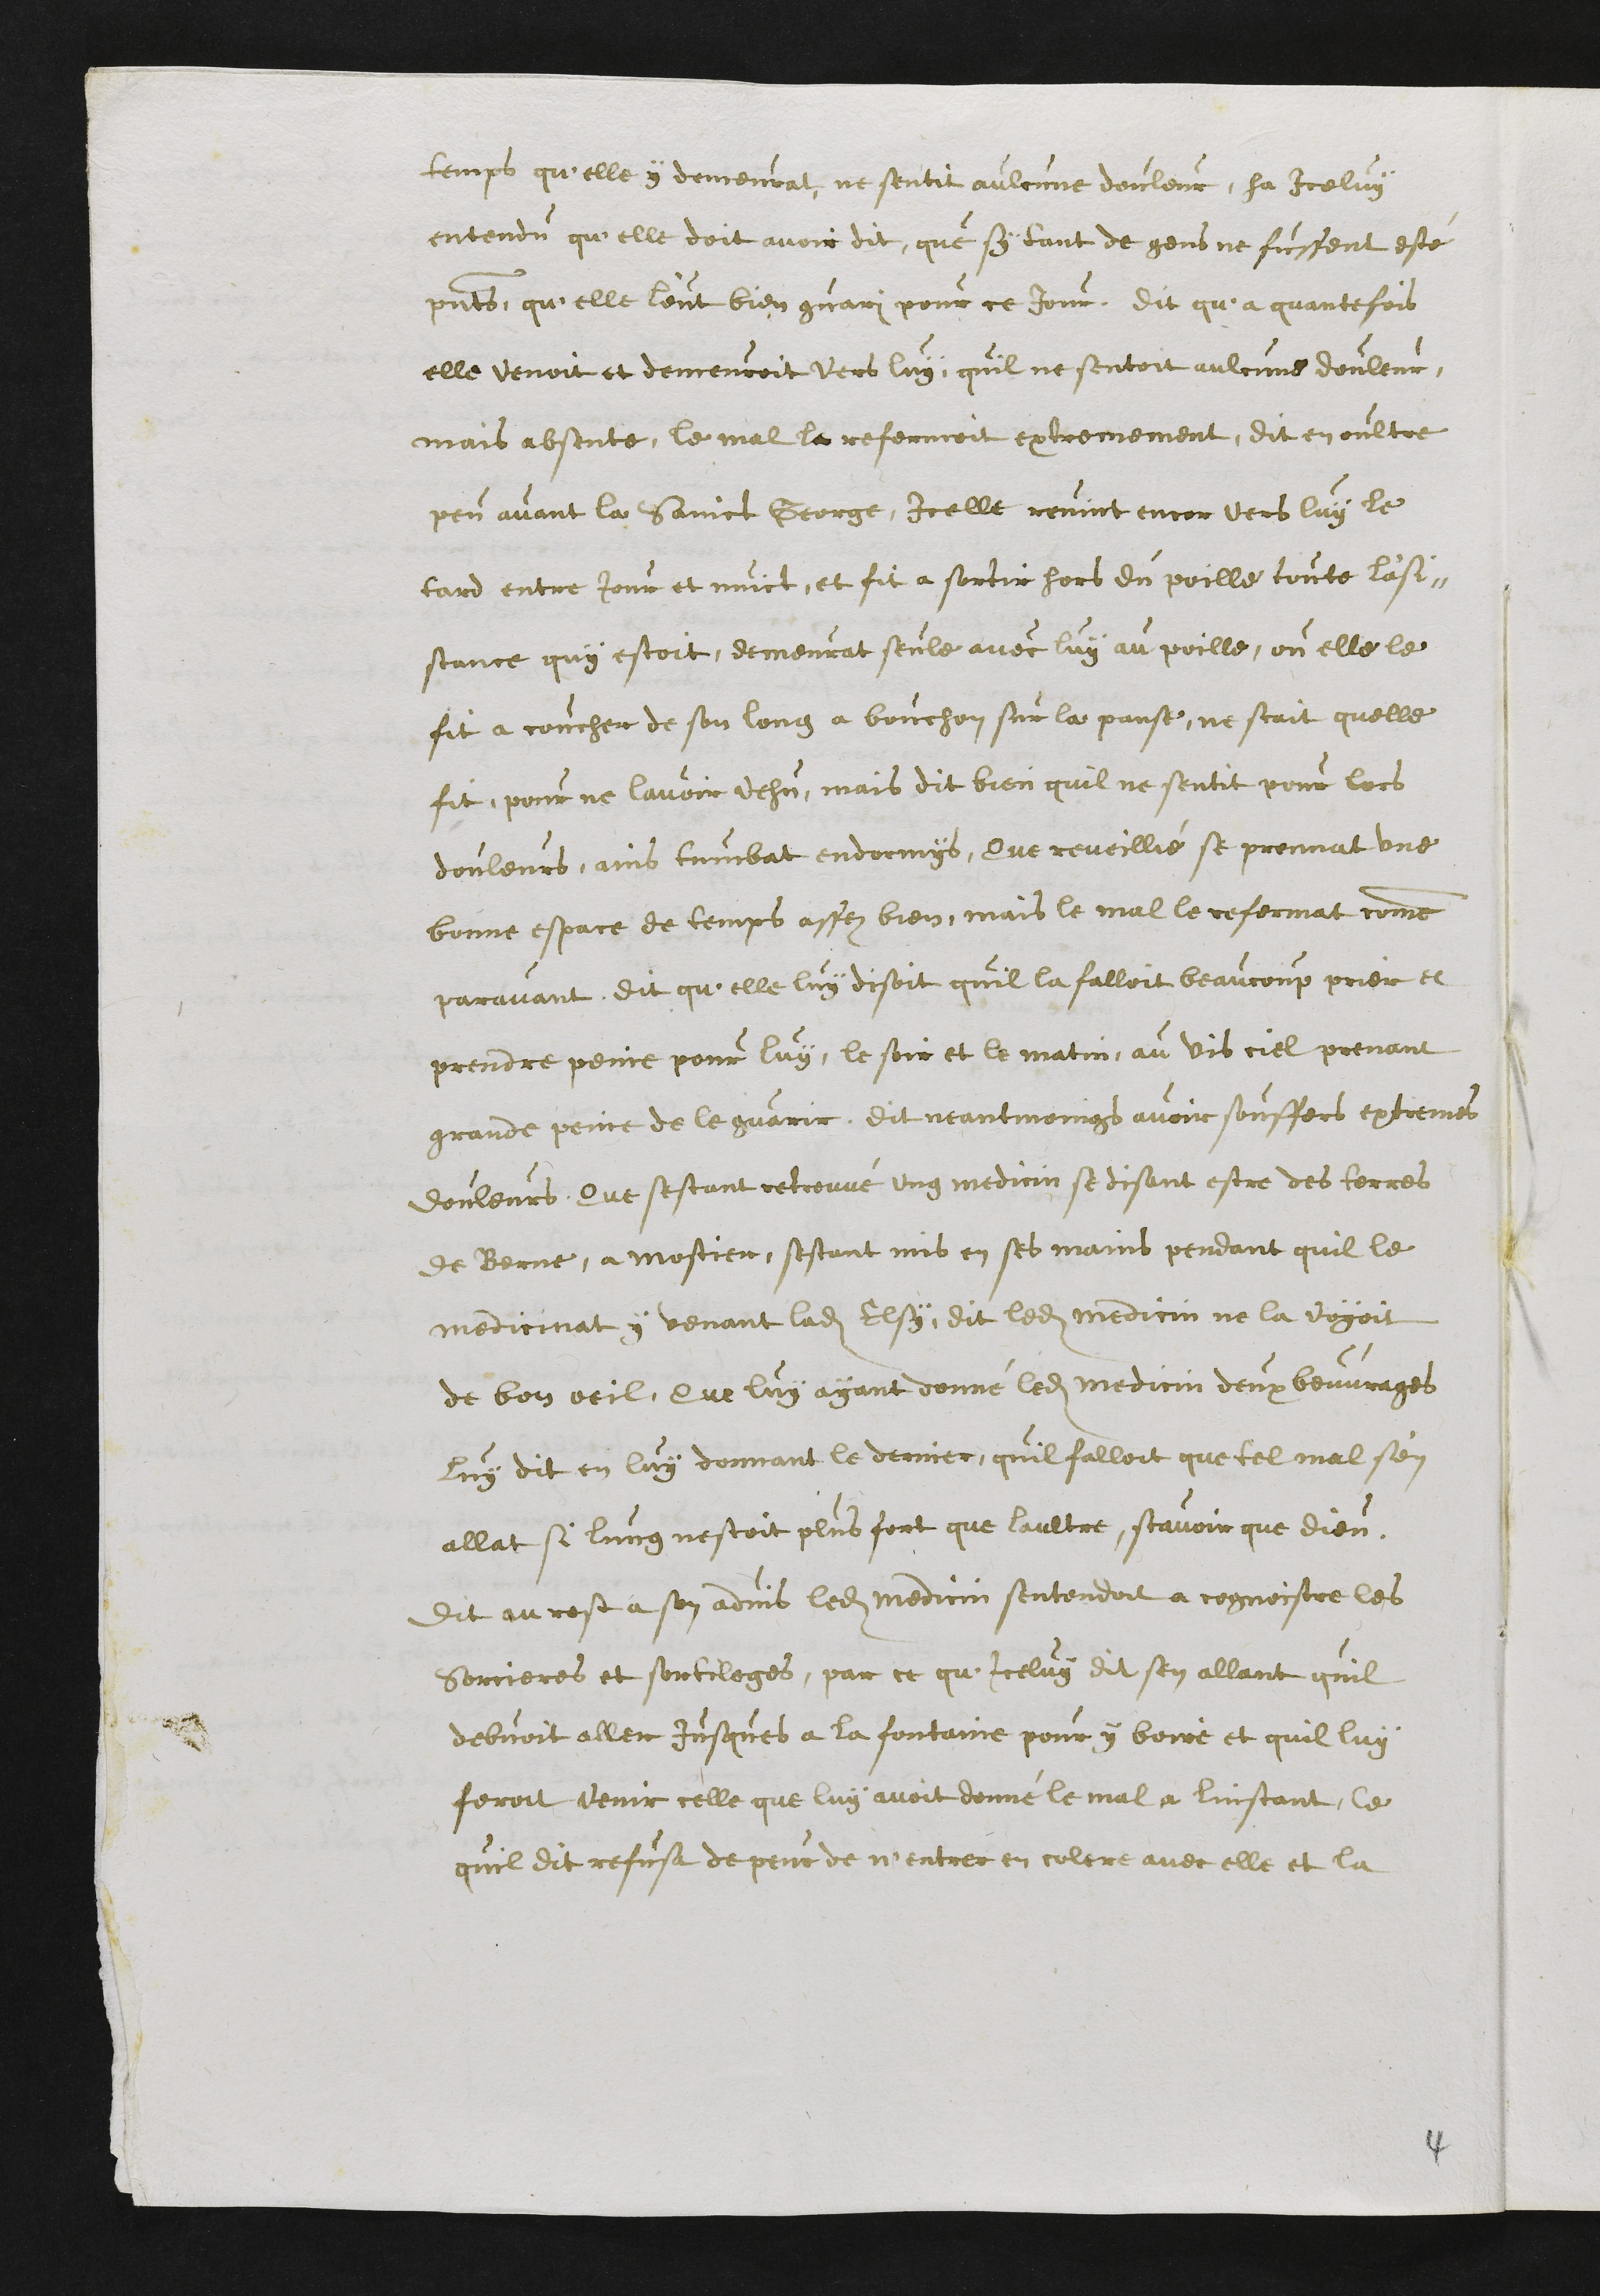
temps qu'elle y demeurat, ne sentit aulcune douleur, ha Iceluy
entendu quelle doit avoir dit, que sy tant de gens ne fussent esté
presents, qu'elle l'eut bien guari pour ce Jour. Dit qu'a quantefois
elle venoit et demeuroit vers luy, quil ne sentoit aulcunne douleur,
mais absente, le mal le refermoit extremement, dit en oultre
peu avant la Sainct George, icelle revint encor vers luy le
tard entre jour et nuict, et fit a sortir hors du poille toute l'asi¬
stance quy estoit, demeurat seule avec luy au poille, ou elle le
fit a coucher de son long a bouchon sur la panse, ne scait quelle
fit, pour ne lavoir vehuz, mais dit bien quil ne sentit pour lors
douleurs, ains tumbat endormys, Que reveillié se prennat une
bonne espace de temps assez bien, mais le mal le refermat comme
paravant, dit qu'elle luy disoit quil la falloit beaucoup prier et
prendre peine pour luy, le soir et le matin, au vis ciel, prenant
grande peinne de le guarir, dit neantmoings avoir souffers extremes
douleurs, Que sestant retrouvé ung medicin se disant estre des terres
de Berne, a Mostier, sestant mis en ses mains pendant quil le
medicinat y venant ladite Elsy, dit ledit medicin ne la voyoit
de bon oeil, Que luy ayant donné ledit Medicin deux beuvrages
luy dit en luy donnant le dernier, quil falloit que tel mal s'en
allat si lung nestoit plus fort que laultre, scavoir que dieu,
Dit au rest a son advis ledit medicin sentendoit a cognoistre les
Sorcieres et sortileges, par ce qu'icelluy dit sen allant quil
debvoit aller jusques a la fontaine pour y boire et quil luy
feroit venir celle que luy avoit donné le mal a linstant, ce
quil dit refusa de peur de n'entrer en colere avec elle et la

4